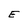
Character: E